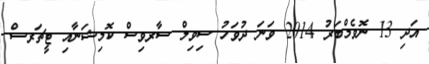
އަދި 13 ނޮވެމްބަރު 2014 ވަނަ ދުވަހު ސިވިލް ސާރވިސް ކޮމިޝަނާއި ޓީޗަރސް